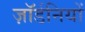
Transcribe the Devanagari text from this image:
ज़ॉर्डनियों